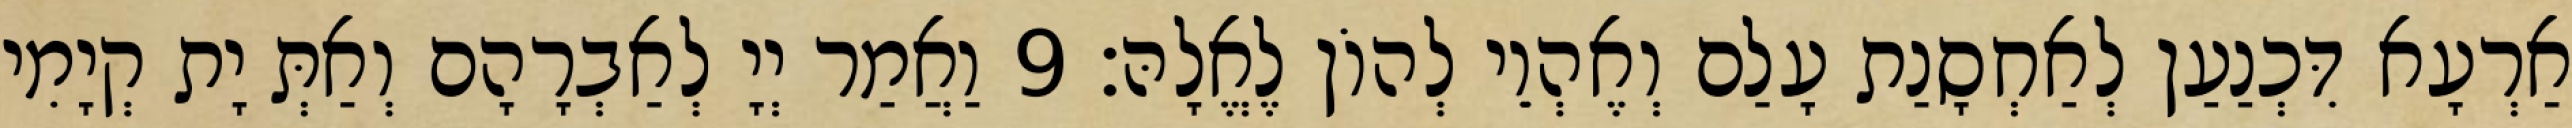
אַרְעָא דִּכְנַעַן לְאַחְסָנַת עָלַם וְאֶהְוֵי לְהוֹן לֶאֱלָהּ׃ 9 וַאֲמַר יְיָ לְאַבְרָהָם וְאַתְּ יָת קְיָמִי